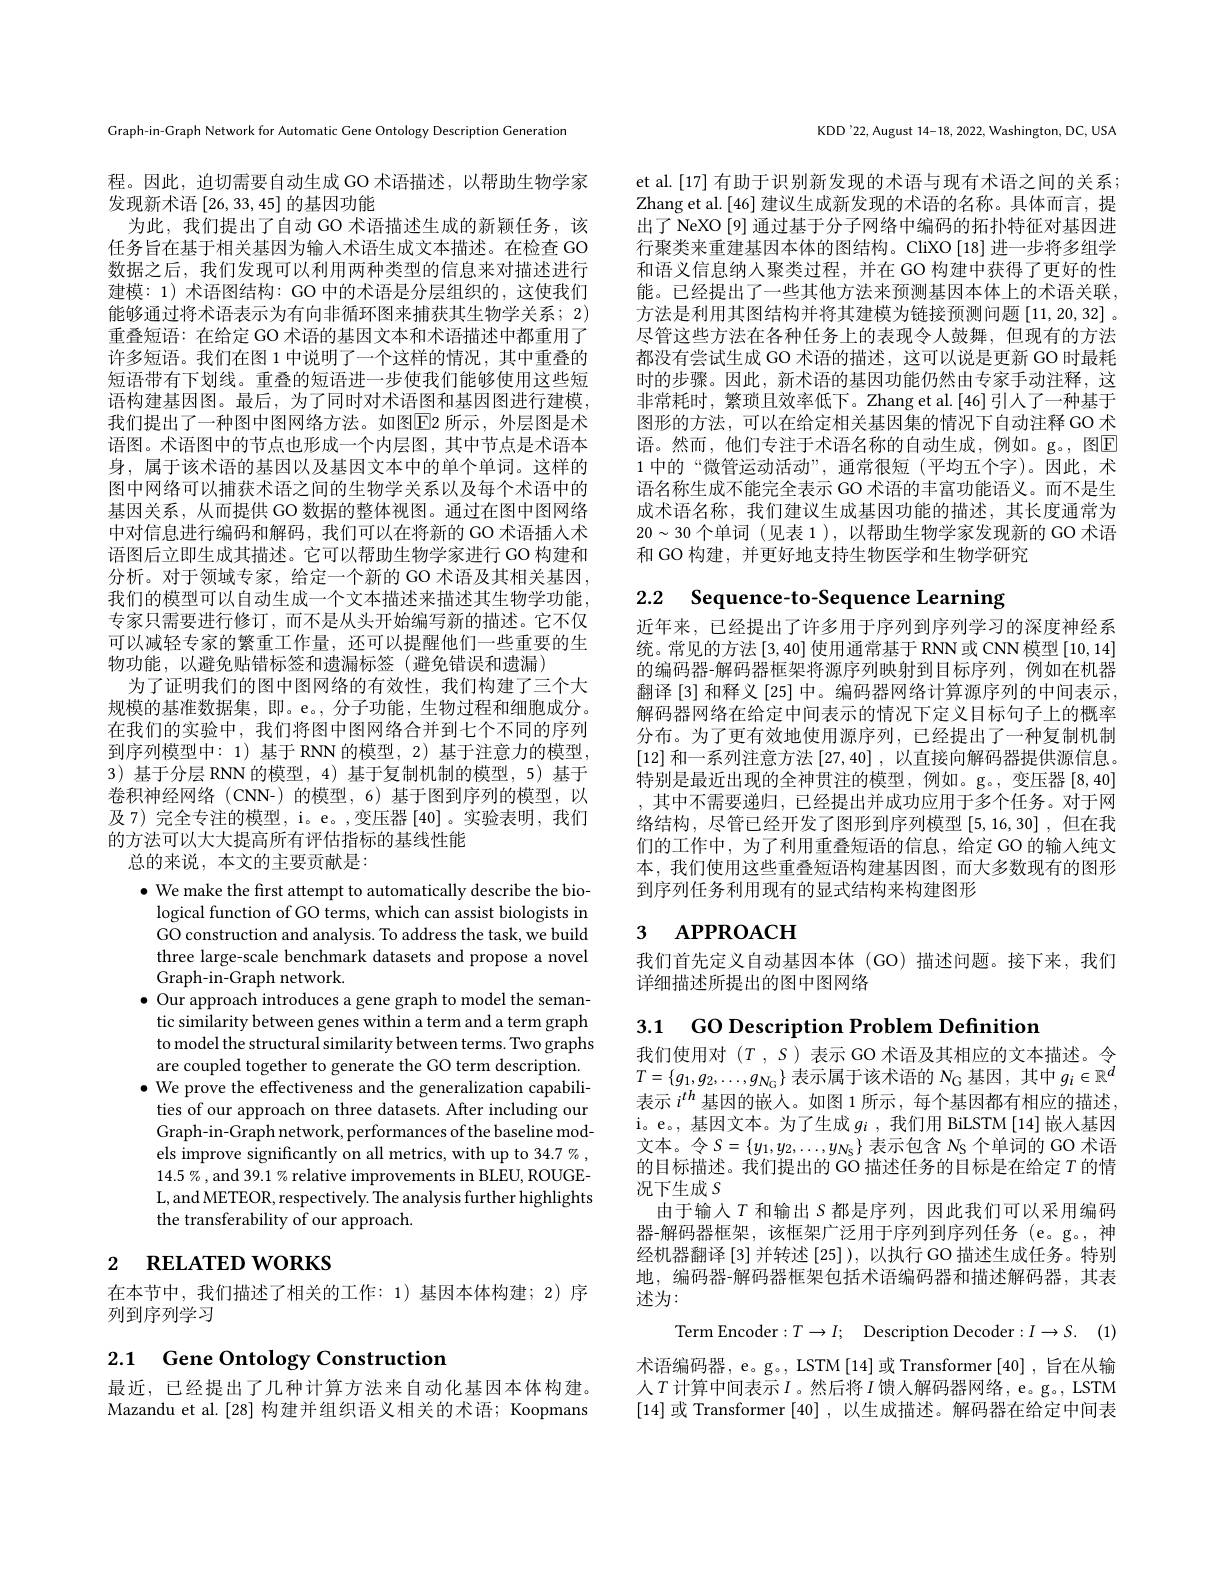
Graph-in-Graph Network for Automatic Gene Ontology Description Generation

程。因此，迫切需要自动生成 GO 术语描述，以帮助生物学家
发现新术语[26,33,45]的基因功能
为此，我们提出了自动 GO 术语描述生成的新颖任务，该任务旨在基于相关基因为输入术语生成文本描述。在检查 GO 数据之后，我们发现可以利用两种类型的信息来对描述进行建模：1)术语图结构：GO 中的术语是分层组织的，这使我们能够通过将术语表示为有向非循环图来捕获其生物学关系；2) 重叠短语：在给定 GO 术语的基因文本和术语描述中都重用了许多短语。我们在图 1 中说明了一个这样的情况，其中重叠的短语带有下划线。重叠的短语进一步使我们能够使用这些短语构建基因图。最后，为了同时对术语图和基因图进行建模， 我们提出了一种图中图网络方法。如图$\boxed{\mathrm{E}}$2 所示，外层图是术语图。术语图中的节点也形成一个内层图，其中节点是术语本身，属于该术语的基因以及基因文本中的单个单词。这样的图中网络可以捕获术语之间的生物学关系以及每个术语中的基因关系，从而提供 GO 数据的整体视图。通过在图中图网络中对信息进行编码和解码，我们可以在将新的 GO 术语插人术语图后立即生成其描述。它可以帮助生物学家进行 GO 构建和分析。对于领域专家，给定一个新的 GO 术语及其相关基因， 我们的模型可以自动生成一个文本描述来描述其生物学功能， 专家只需要进行修订，而不是从头开始编写新的描述。它不仅可以减轻专家的繁重工作量，还可以提醒他们一些重要的生物功能，以避免贴错标签和遗漏标签(避免错误和遗漏)
为了证明我们的图中图网络的有效性，我们构建了三个大规模的基准数据集，即。e。, 分子功能，生物过程和细胞成分。在我们的实验中，我们将图中图网络合并到七个不同的序列到序列模型中：1) 基于 RNN 的模型，2) 基于注意力的模型， 3) 基于分层 RNN 的模型，4) 基于复制机制的模型，5) 基于卷积神经网络(CNN-)的模型，6)基于图到序列的模型，以及 7) 完全专注的模型，i。e。,变压器[40]。实验表明，我们的方法可以大大提高所有评估指标的基线性能
总的来说，本文的主要贡献是2000年1月19日

$\bullet$ We make the first attempt to automatically describe the biological function of GO terms, which can assist biologists in GO construction and analysis. To address the task, we build three large-scale benchmark datasets and propose a novel Graph-in-Graph network.
$\bullet$ Our approach introduces a gene graph to model the semantic similarity between genes within a term and a term graph to model the structural similarity between terms. Two graphs are coupled together to generate the GO term description.
$\bullet$ We prove the effectiveness and the generalization capabili-
ties of our approach on three datasets. After including our Graph-in-Graph network, performances of the baseline models improve significantly on all metrics, with up to 34.7%, $14.5\%$ , and 39.1 % relative improvements in BLEU, ROUGEL, and METEOR, respectively. The analysis further highlights the transferability of our approach.

# 2 RELATED WORKS

在本节中，我们描述了相关的工作：1)基因本体构建；2)序
列到序列学习

# 2.1 Gene Ontology Construction

最近，已经提出了几种计算方法来自动化基因本体构建。Mazandu et al.[28] 构建并组织语义相关的术语；Koopmans

KDD'22, August 14-18, 2022, Washington, DC, USA

et al.[17] 有助于识别新发现的术语与现有术语之间的关系； Zhang et al.[46] 建议生成新发现的术语的名称。具体而言，提出了 NeXO [9] 通过基于分子网络中编码的拓扑特征对基因进行聚类来重建基因本体的图结构。CliXO[18]进一步将多组学和语义信息纳人聚类过程，并在 GO 构建中获得了更好的性能。已经提出了一些其他方法来预测基因本体上的术语关联， 方法是利用其图结构并将其建模为链接预测问题[11,20,32] 。尽管这些方法在各种任务上的表现令人鼓舞，但现有的方法都没有尝试生成 GO 术语的描述，这可以说是更新 GO 时最耗时的步骤。因此，新术语的基因功能仍然由专家手动注释，这非常耗时，繁琐且效率低下。Zhang et al.[46]引人了一种基于图形的方法，可以在给定相关基因集的情况下自动注释 GO 术语。然而，他们专注于术语名称的自动生成，例如。g。,图$\overline{\mathbb{E}}$ 1中的“微管运动活动”,通常很短(平均五个字)。因此，术语名称生成不能完全表示 GO 术语的丰富功能语义。而不是生成术语名称，我们建议生成基因功能的描述，其长度通常为$20\sim30$个单词 (见表 1 ), 以帮助生物学家发现新的 GO 术语和 GO 构建，并更好地支持生物医学和生物学研究

2.2 Sequence-to-Sequence Learning

近年来，已经提出了许多用于序列到序列学习的深度神经系统。常见的方法[3,40] 使用通常基于 RNN 或 CNN 模型 [10,14] 的编码器-解码器框架将源序列映射到目标序列，例如在机器翻译 [3] 和释义 [25] 中。编码器网络计算源序列的中间表示， 解码器网络在给定中间表示的情况下定义目标句子上的概率分布。为了更有效地使用源序列，已经提出了一种复制机制[12]和一系列注意方法[27,40],以直接向解码器提供源信息。特别是最近出现的全神贯注的模型，例如。g。,变压器[8,40] ,其中不需要递归，已经提出并成功应用于多个任务。对于网络结构，尽管已经开发了图形到序列模型[5,16,30] ,但在我们的工作中，为了利用重叠短语的信息，给定 GO 的输入纯文本，我们使用这些重叠短语构建基因图，而大多数现有的图形到序列任务利用现有的显式结构来构建图形

### 3 APPROACH

我们首先定义自动基因本体(GO)描述问题。接下来，我们
详细描述所提出的图中图网络

3.1 GO Description Problem Definition

我们使用对$(T,S)$表示 GO 术语及其相应的文本描述。令$T=\{g_1,g_2,\ldots,g_{N_{\mathrm{G}}}\}$表示属于该术语的$N_\mathrm{G}$基因，其中$g_i\in\mathbb{R}^d$ 表示$i^{th}$基因的嵌人。如图 1 所示，每个基因都有相应的描述i。e。, 基 因 文 本 。为 了 生 成 $g_{i}$ ,我们用 BiLSTM[14]嵌入基因文本。令$S=\{y_1,y_2,\ldots,y_{N_{\mathrm{S}}}\}$表示包含$N_\mathrm{S}$个单词的 GO 术语的目标描述。我们提出的 GO 描述任务的目标是在给定$T$的情况下生成$S$
由于输入$T$和输出$S$都是序列，因此我们可以采用编码器-解码器框架，该框架广泛用于序列到序列任务(e。g。,神经机器翻译[3]并转述[25]),以执行 GO 描述生成任务。特别地，编码器-解码器框架包括术语编码器和描述解码器，其表述为：
Term Encoder $: T\to I;$ Description Decoder$: I\to S.$ (1) 术语编码器，e。g。, LSTM[14] 或 Transformer[40] , 旨在从输人$T$ 计算中间表示$I$。然后将$I$馈人解码器网络，e。g.,LSTM [14]或 Transformer [40],以生成描述。解码器在给定中间表